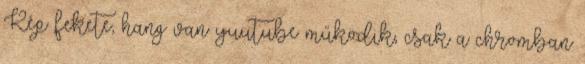
Kép fekete, hang van yuutube működik, csak a chromban